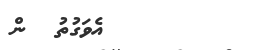
١١       އެވަގުތު  ން